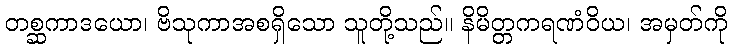
တစ္ဆကာဒယော၊ ဗိသုကာအစရှိသော သူတို့သည်။ နိမိတ္တကရဏံဝိယ၊ အမှတ်ကို